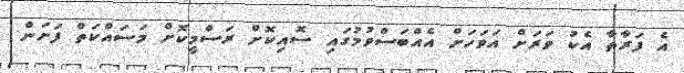
އެ ފަރާތާ އެކު ވަރަށް އަވަހަށް އެއްބަސްވުމުގައި ސޮއިކޮށް ރަސްމީކޮށް މަސައްކަތް ފަށަން